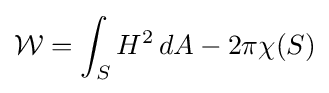
{\mathcal {W}}=\int _{S}H^{2}\,dA-2\pi \chi (S)